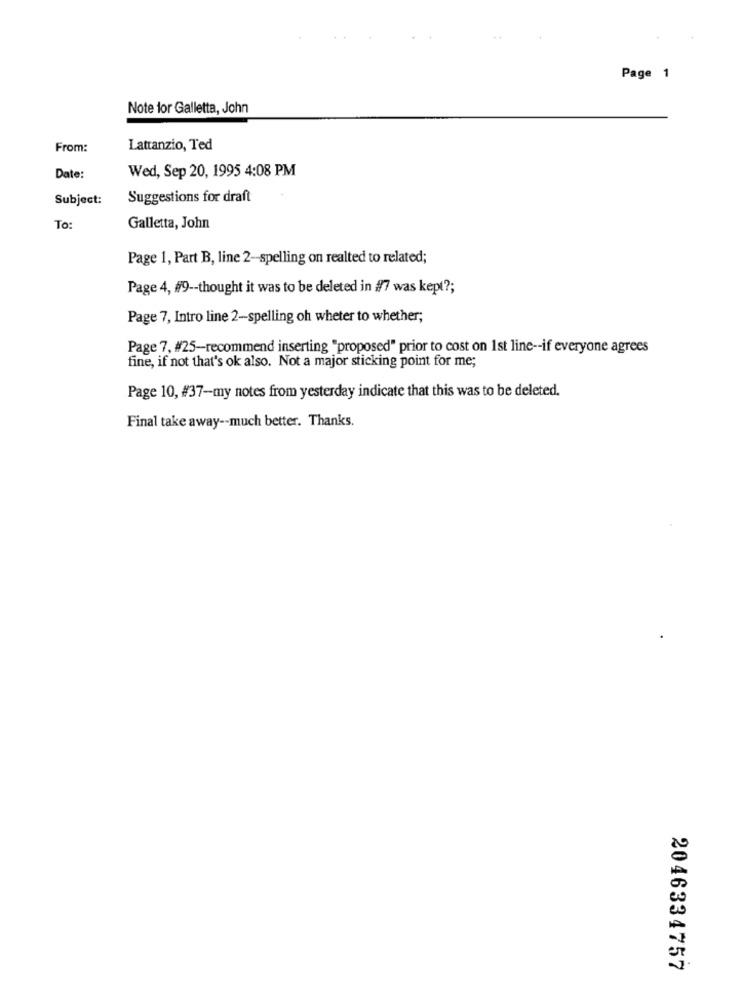
Page 1
Note for Galletta, John
From:
Lattanzio, Ted
Date:
Wed, Sep 20, 1995 4:08 PM
Subject:
Suggestions for draft
To:
Galletta, John
Page 1, Part B, line 2-spelling on realted to related;
Page 4, #9 -- thought it was to be deleted in #7 was kept ?;
Page 7, Intro line 2-spelling oh wheter to whether;
Page 7, #25-recommend inserting "proposed" prior to cost on 1st line -- if everyone agrees
fine, if not that's ok also. Not a major sticking point for me;
Page 10, #37-my notes from yesterday indicate that this was to be deleted.
Final take away -- much better. Thanks.
2046334757